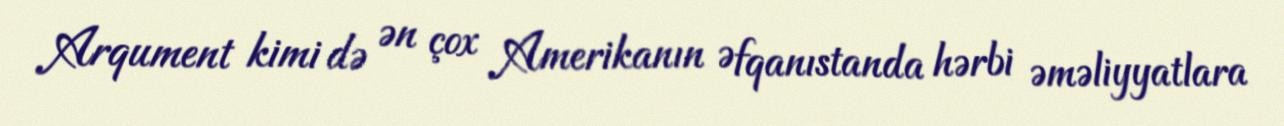
Arqument kimi də ən çox Amerikanın Əfqanıstanda hərbi əməliyyatlara